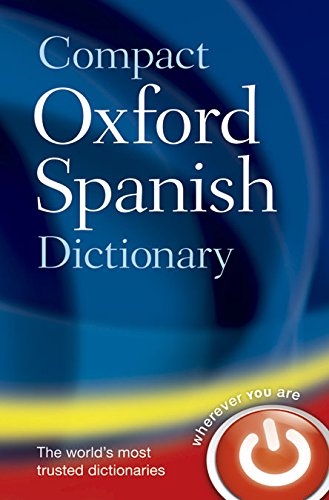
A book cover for Compact Oxford Spanish Dictionary; Oxford Dictionaries; Reference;